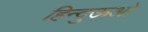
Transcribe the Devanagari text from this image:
हिन्दुऊओ